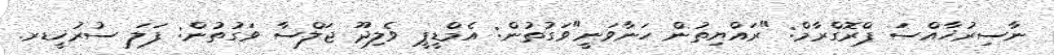
ނާސިރުޚާއްސަ ޕްރޮގްރާމް: "ރައްޔިތުން ހަނާވަނީ"ވަގުތުން: އެމްޑީޕީ ވެލިދޫ ޖަލްސާ ވަގުތުން: ފަލަ ސުރުޚީޑރ.